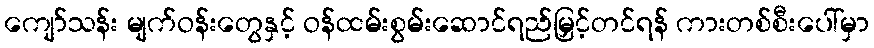
ကျော်သန်း မျက်ဝန်းတွေနှင့် ဝန်ထမ်းစွမ်းဆောင်ရည်မြှင့်တင်ရန် ကားတစ်စီးပေါ်မှာ